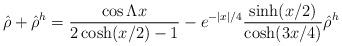
LaTeX: \begin{align*}\hat{\rho}+\hat{\rho}^h= {\cos \Lambda x\over 2\cosh(x/2)-1}- e^{-|x|/4}{\sinh (x/2)\over \cosh (3x/4)} \hat{\rho}^h\end{align*}